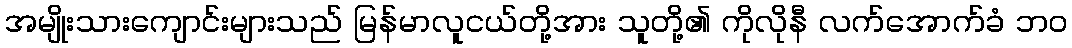
အမျိုးသားကျောင်းများသည် မြန်မာလူငယ်တို့အား သူတို့၏ ကိုလိုနီ လက်အောက်ခံ ဘဝ